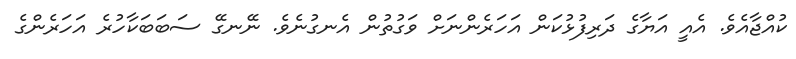
ކުއްޖާއެވެ. އެއީ އަޔާގެ ދަރިފުޅުކަން އަހަރެންނަށް ވަގުތުން އެނގުނެވެ. ނޭނގޭ ސަބަބަކާހުރެ އަހަރެންގެ